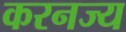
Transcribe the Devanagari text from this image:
करनज्य